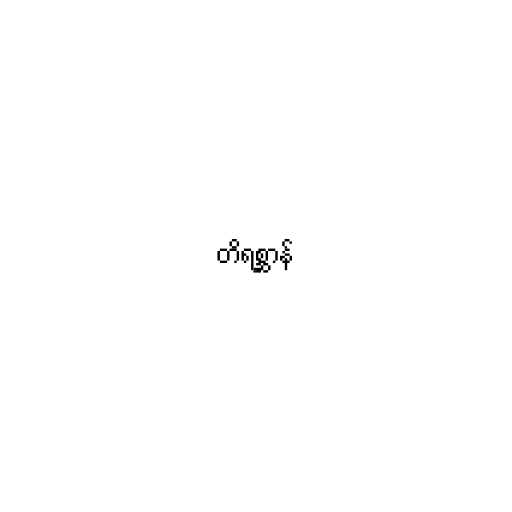
တိရစ္ဆာန်